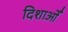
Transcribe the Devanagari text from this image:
दिशाओँ